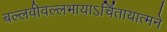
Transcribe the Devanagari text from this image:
बल्लवीवल्लभायाऽर्चितायात्मने